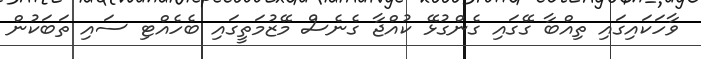
ވާހަކައިގައި ތިއްބާ ގޭގައި ގެންގުޅޭ ކުއްޖާ ގެނެސް މޭޒުމަތީގައި ބެހެއްޓި ސައި ތަބަކުން